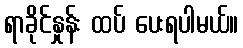
ရာခိုင်နှုန်း ထပ် ပေးရပါမယ်။